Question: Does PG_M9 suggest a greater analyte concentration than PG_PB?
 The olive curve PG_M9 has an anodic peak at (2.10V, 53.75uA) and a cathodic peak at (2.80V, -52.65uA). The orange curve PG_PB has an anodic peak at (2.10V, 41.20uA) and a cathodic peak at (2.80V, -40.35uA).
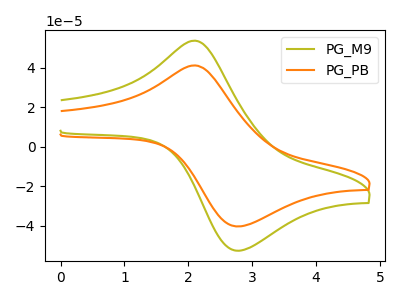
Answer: <think>All the peaks in "PG_M9" have a peak in "PG_PB" at the same potential. Every peak in "PG_M9" is higher than every peak in "PG_PB".
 </think>
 <answer>"PG_M9" has more signal than "PG_PB".</answer>
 <eval>more_signal</eval>